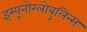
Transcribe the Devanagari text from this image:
इम्यूनोग्लोबुलिन्स